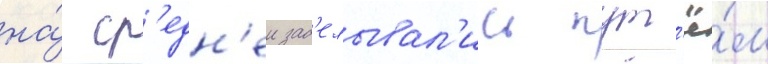
на́ ср'едн'еи зад'елывал'ись пут'ё́м